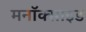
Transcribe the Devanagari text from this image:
मनॉक्साइड